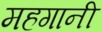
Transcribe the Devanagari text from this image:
महगानी